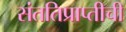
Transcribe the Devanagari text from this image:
संततिप्राप्तीची